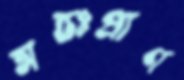
অন্তঃপ্রাণ